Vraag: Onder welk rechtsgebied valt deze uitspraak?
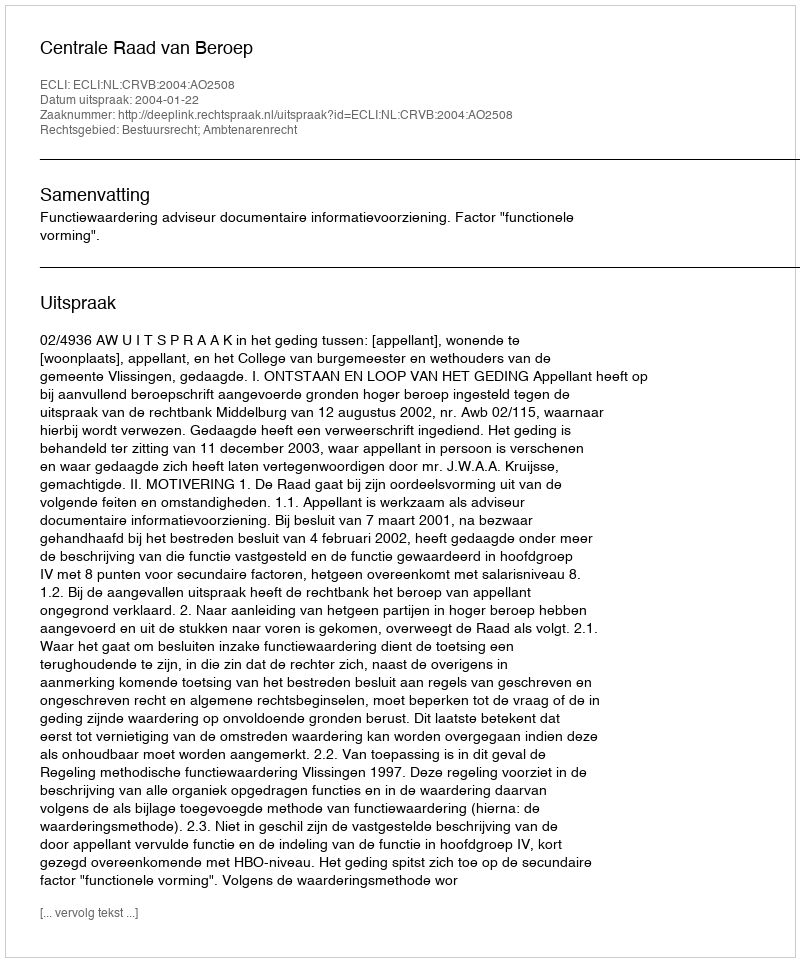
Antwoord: Bestuursrecht; Ambtenarenrecht